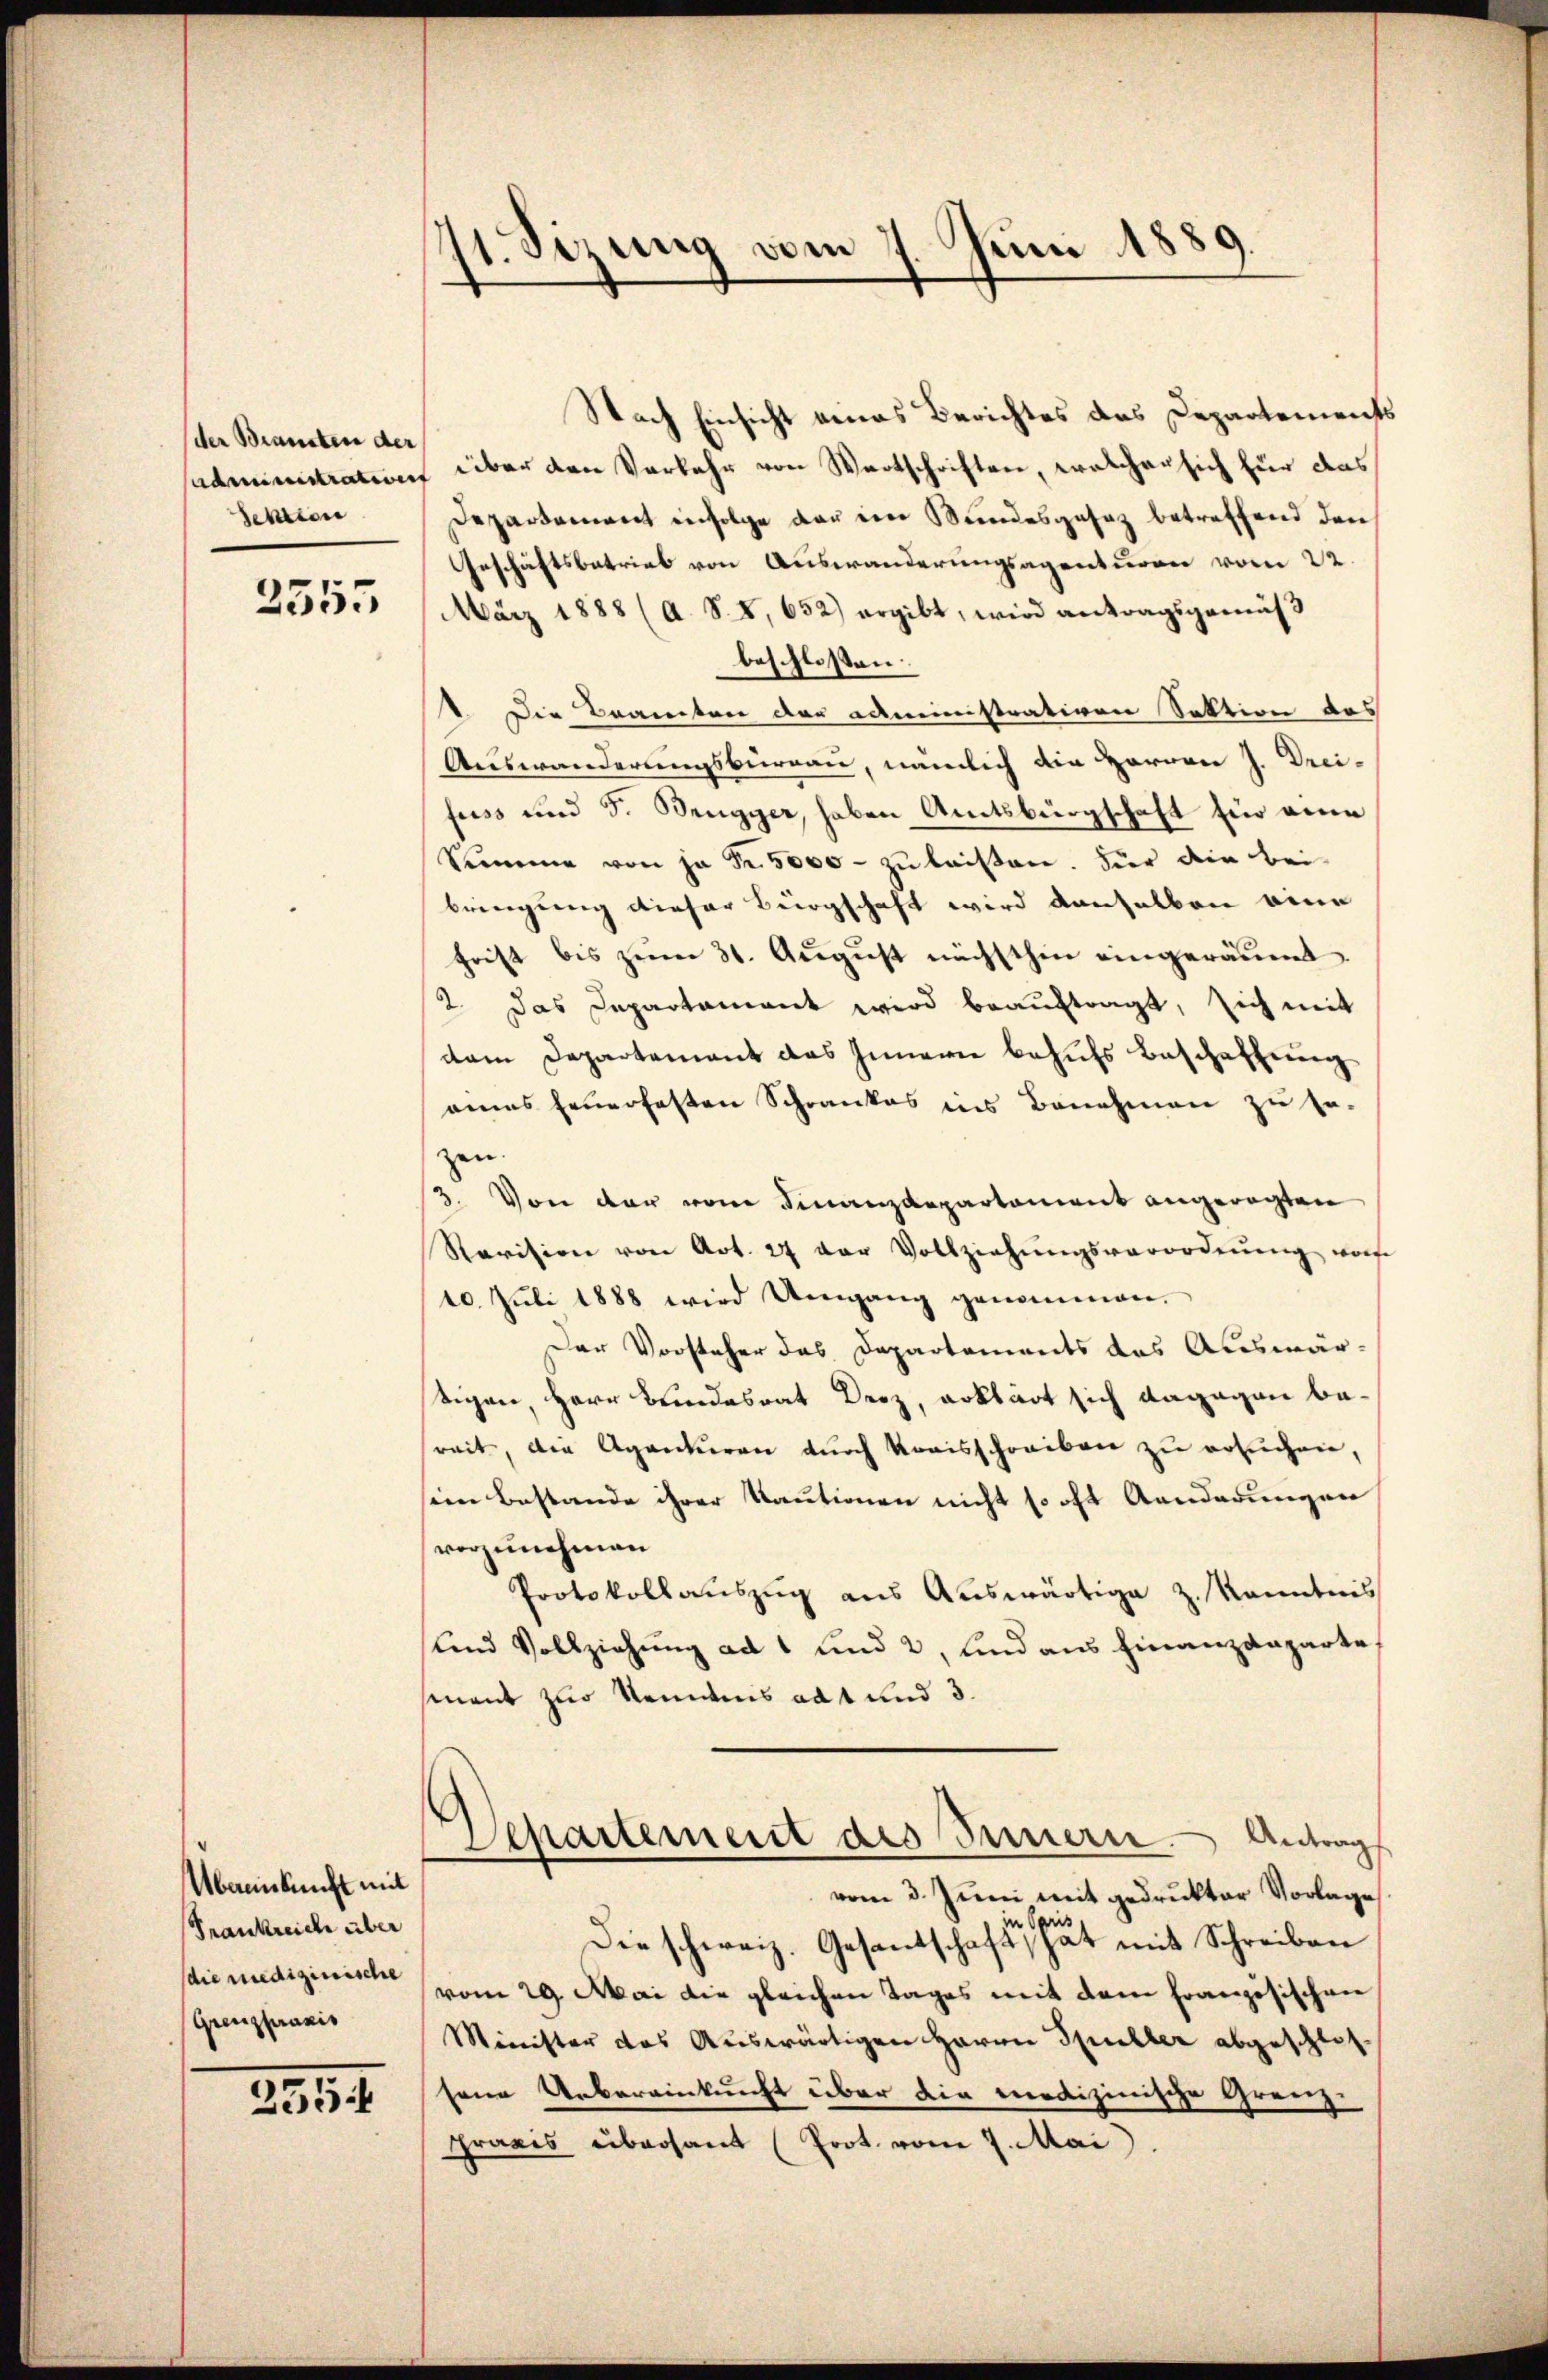
der Beansten der
Sektion

2555

Mbaenkunft mit
Frankreich über
(die medizinische
(Grenzpraxis

2554.

st. Sizung vom 7. Juni 1889

Nach Einsicht eines Berichtes des Departements
administration über den Verkehr von Wortschriften, welcher sich für das
Departement infolge der in Stundesgesetz betreffend den
Geschäftsbetrieb von Auswanderungsagenturen vom 22.
März 1888 (A. S. 8, 652) ergibt, wird antragsgemäs
beschlossen.
V. Die Beamten der administrativen Sektion des
Auswanderungsburgau, nämlich die Herren J. Drei-
fuss und 3. Brugger, haben Amtsbürgschaft Ein eine
Summe von ja Fr. 5000 - zu leisten. Für die beibringung dieser Bürgschaft wird denselben eine
frist bis zŭm 31. Aŭgŭst nächsthin eingeräumt.
2. Das Departamant wird beauftragt, sich mit
dem Departement das Innern behufs Beschaffung
ains feuerfesten Schrankes ins Benehmen zu so-
zen.
3. Von der vom Finanzdepartement angeregten
Ravision von Art. 27 der Vollziehŭngsverordnŭng von
10. Juli 1888 wird Umgang genommen.
Der Vorsteher das Departements das Auswär¬
Eigen, Herr Bundesrat Droz, erklärt sich dagegen bereit, die Agenturen durch Kreisschreiben zu ersuchen,
sein Bestande ihrer Kautionen nicht so oft Anderungen
vorzunehmen
Protokollauszug aus Auswärtige z. Kenntnis
und Vollziehung ad 1 und 2, und aus Finanzdeparte
mant zur Kenntnis ad 1 und 3.
Departement des Innern. Antrags
vom 3. Juni mit gedrukter Vorlage
Spri
Die schweiz. Gesandschaft, hat mit Schreiben
vom 29. Mai die gleichen Tages mit dem französischen
Minister das Auswärtigen Herrn Spiller abgeschlossene Uebereinkunft über die Medizinische Grenz-
Praxis übersamt (Prot. vom 7. Mai.